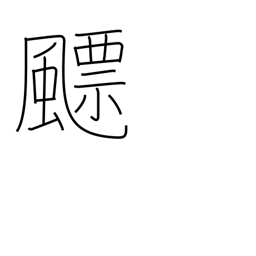
Meaning: cyclone